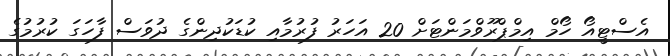
އެސްޓީއޯ ހޯމް އިމްޕްރޫވްމަންޓަށް 20 އަހަރު ފުރުމާއި ކުޑަކުދިންގެ ދުވަސް ފާހަގަ ކުރުމުގެ